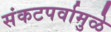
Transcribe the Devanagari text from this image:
संकटपर्वामुळे